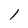
Character: 1